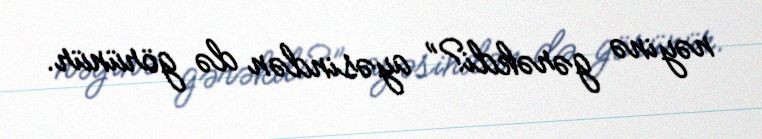
nəyinə gərəkdi?” ayəsindən də görünür.